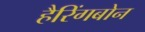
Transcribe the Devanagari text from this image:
हैरिंगबोन